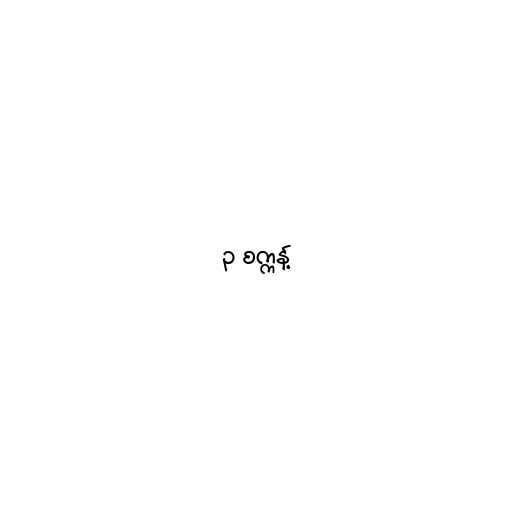
၃ စက္ကန့်